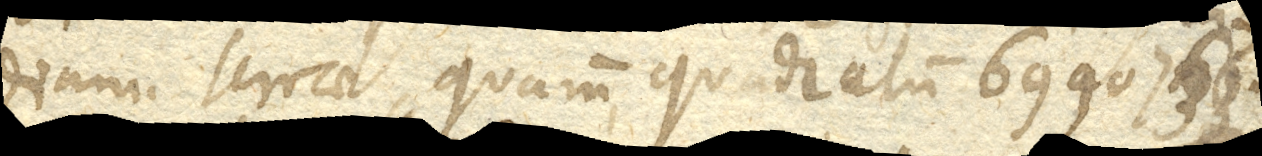
diam. terrae, quarum quadratum 6990736.